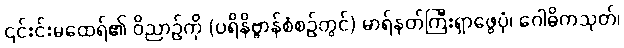
၎င်းင်းမထေရ်၏ ဝိညာဉ်ကို (ပရိနိဗ္ဗာန်စံစဉ်တွင်) မာရ်နတ်ကြီးရှာဖွေပုံ၊ ဂေါဓိကသုတ်၊